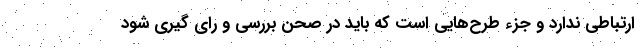
ارتباطی ندارد و جزء طرح‌هایی است که باید در صحن بررسی و رای گیری شود